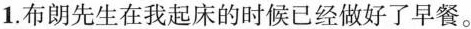
1.布朗先生在我起床的时候已经做好了早餐。